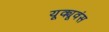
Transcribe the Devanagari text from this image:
यूक्यूवंस